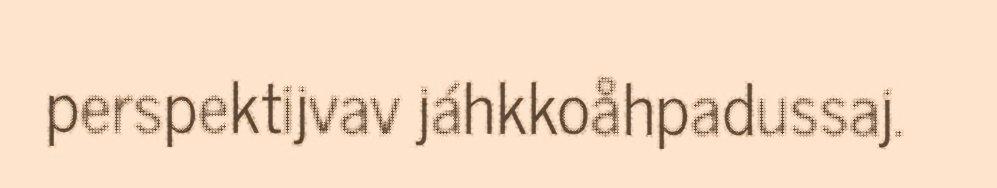
perspektijvav jáhkkoåhpadussaj.